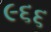
૯૬૬